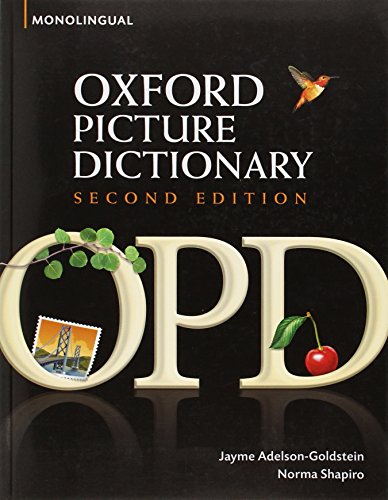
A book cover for Oxford Picture Dictionary (Monolingual English); Jayme Adelson-Goldstein; Reference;